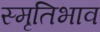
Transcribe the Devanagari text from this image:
स्मृतिभाव